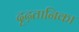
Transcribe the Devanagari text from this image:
दृढ़तानिका